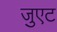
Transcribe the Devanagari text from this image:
जुएट